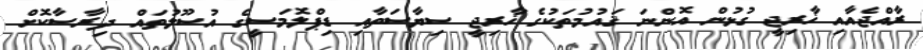
ރާއްޖެއާއި ޚާރިޖީ ގުޅުން އޮންނަ ޤައުމުތަކުގެ ޚާރިޖީ ސިޔާސަތާއި ޑިޕްލޮމަސީގެ އުސޫލުތައް ދިރާސާކޮށް